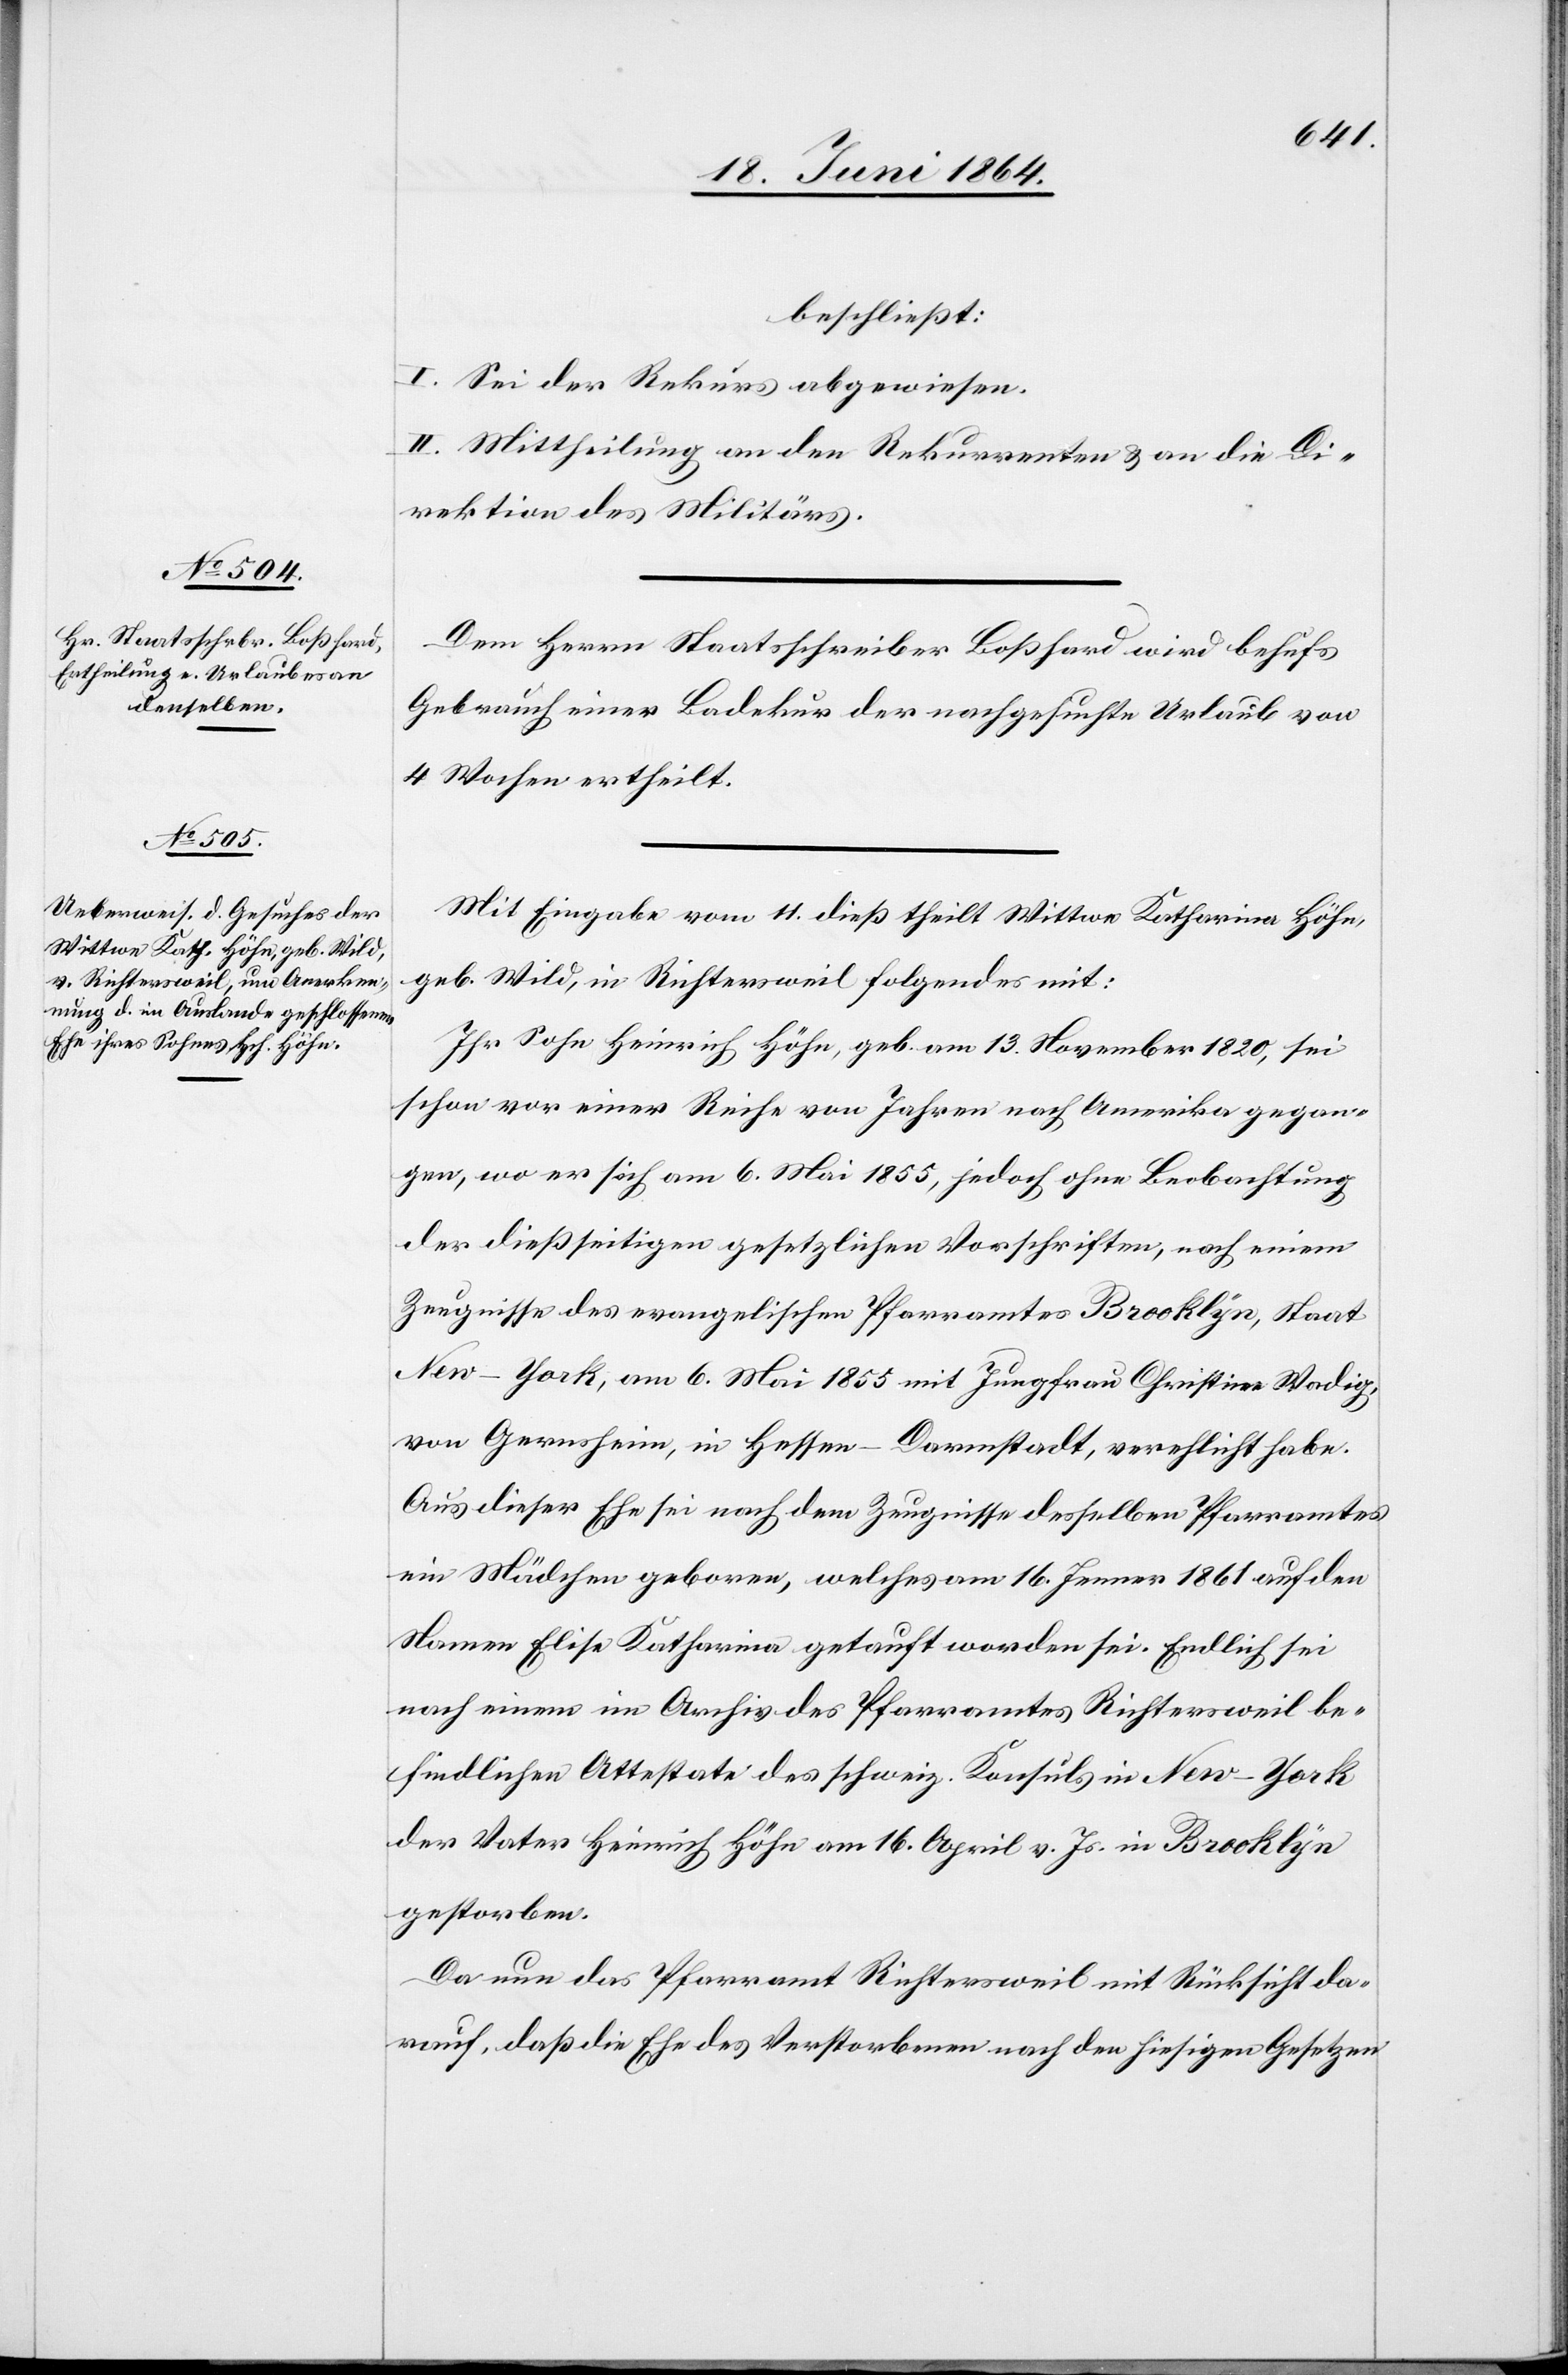
beschließt:
I. Sei der Rekurs abgewiesen.
II. Mittheilung an den Rekurrenten u. an die Di¬
rektion des Militärs.
Dem Herrn Staatsschreiber Boßhard wird behufs
Gebrauch einer Badekur der nachgesuchte Urlaub von
4 Wochen ertheilt.
Mit Eingabe vom 11. dieß theilt Wittwe Katharina Höhn,
geb. Wild, in Richtersweil folgendes mit:
Ihr Sohn Heinrich Höhn, geb. am 13. November 1820, sei
schon vor einer Reihe von Jahren nach Amerika gegan¬
gen, wo er sich am 6. Mai 1855, jedoch ohne Beobachtung
der dießseitigen gesetzlichen Vorschriften, nach einem
Zeugnisse des evangelischen Pfarramtes Brooklyn, Staat
New-York, am 6. Mai 1855 mit Jungfrau Christine Wordig,
von Gerensheim, in Hessen–Darmstadt, verehelicht habe.
Aus dieser Ehe sei nach dem Zeugnisse desselben Pfarramtes
ein Mädchen geboren, welches am 16. Jenner 1861 auf den
Namen Elise Katharina getauft worden sei. Endlich sei
nach einem im Archiv des Pfarramtes Richtersweil be¬
findlichen Attestate des schweiz. Konsuls in New-York
der Vater Heinrich Höhn am 16. April v. Js. in Brooklyn
gestorben.
Da nun das Pfarramt Richtersweil mit Rücksicht da¬
rauf, daß die Ehe des Verstorbenen nach den hiesigen Gesetzen